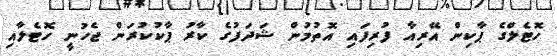
ހޮޓެލްގެ ޕާކިން އޭރިއާ ފުރިފައި އޮތުމުން ޝަދަފުގެ ކާރު ޕާކުކުރަން ޖެހުނީ ހޮޓެލާއި